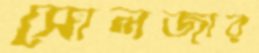
সোলজার